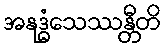
အနုဒ္ဓံသေဿန္တီတိ